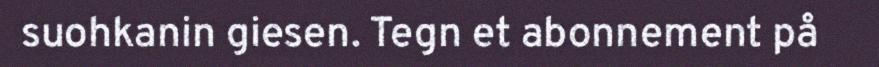
suohkanin giesen. Tegn et abonnement på